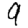
Digit: 9